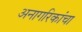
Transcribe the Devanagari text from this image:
अनागरिकांचा